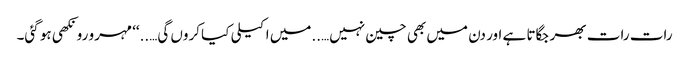
رات رات بھر جگاتا ہے اور دن میں بھی چین نہیں…..میں اکیلی کیا کروں گی…..‘‘ مہرو رونکھی ہو گئی۔